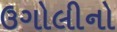
ઉગોલીનો